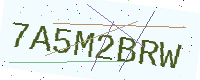
Text: 7A5M2BRW